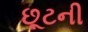
છૂટની